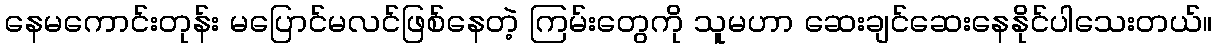
နေမကောင်းတုန်း မပြောင်မလင်ဖြစ်နေတဲ့ ကြမ်းတွေကို သူမဟာ ဆေးချင်ဆေးနေနိုင်ပါသေးတယ်။